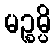
မဉ္စမ္ပိ